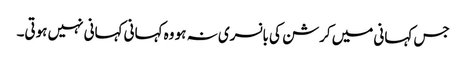
جس کہانی میں کرشن کی بانسری نہ ہو وہ کہانی کہانی نہیں ہوتی۔